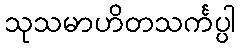
သုသမာဟိတသင်္ကပ္ပါ